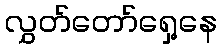
လွှတ်တော်ရှေ့နေ